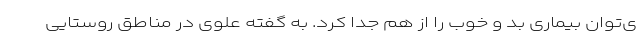
ی‌توان بیماری بد و خوب را از هم جدا کرد. به گفته علوی در مناطق روستایی